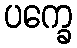
ပက္ခေ